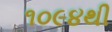
૧૦૯૪થી